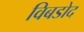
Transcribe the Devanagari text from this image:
विबडोद